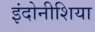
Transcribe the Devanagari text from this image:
इंदोनीशिया